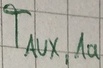
Text: TAUX,1a